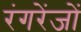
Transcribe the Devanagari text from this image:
रंगरेंजों